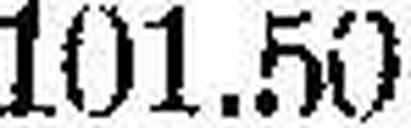
101.50